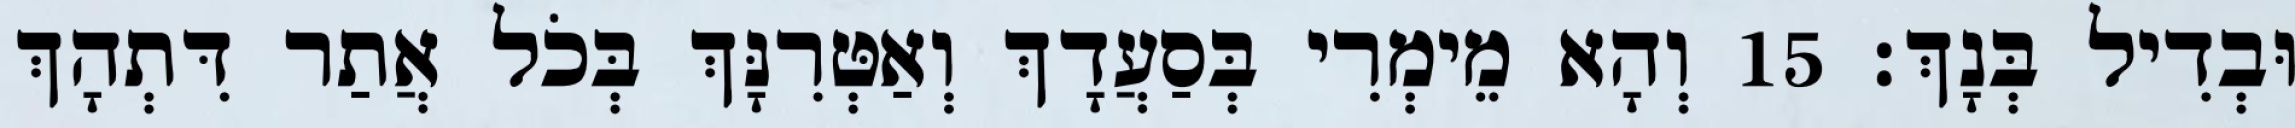
וּבְדִיל בְּנָךְ׃ 15 וְהָא מֵימְרִי בְּסַעֲדָךְ וְאַטְּרִנָּךְ בְּכֹל אֲתַר דִּתְהָךְ